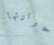
حرارتها